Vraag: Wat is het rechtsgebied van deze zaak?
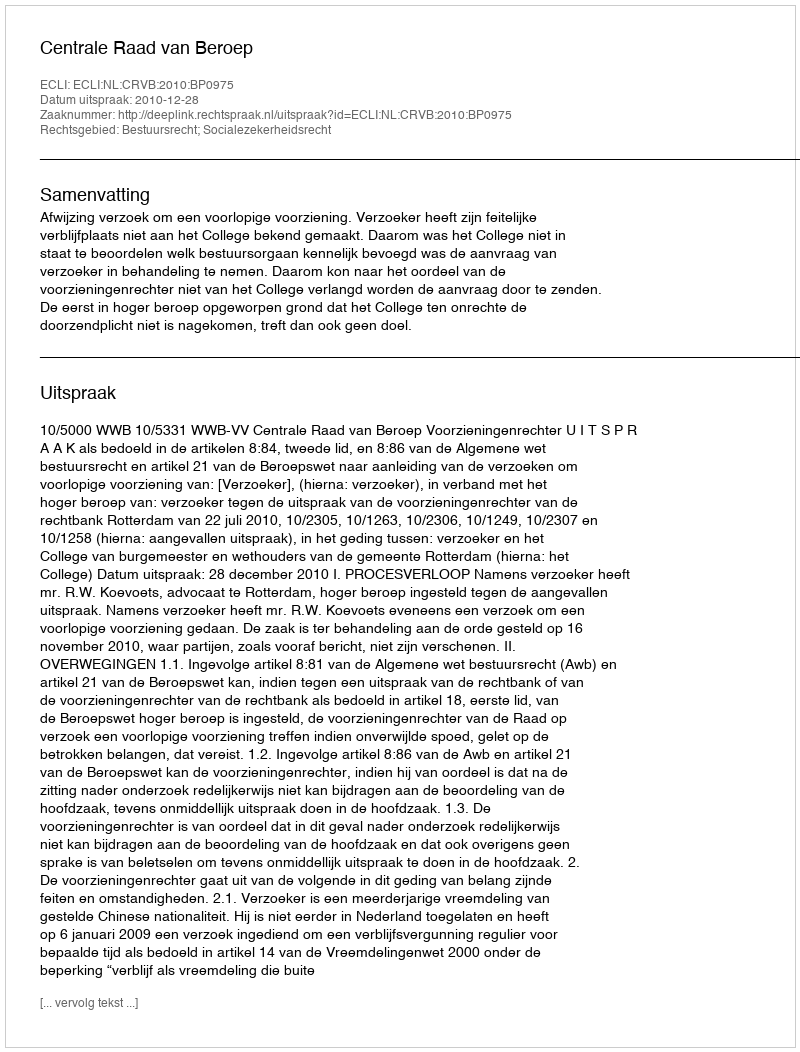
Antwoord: Bestuursrecht; Socialezekerheidsrecht